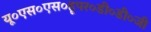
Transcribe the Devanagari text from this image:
यू०एस०एस०हूपर०डी०डी०जी